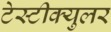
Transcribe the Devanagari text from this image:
टेस्टीक्युलर